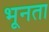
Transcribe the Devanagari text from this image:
भूनता